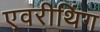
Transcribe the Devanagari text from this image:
एवरीथिंग